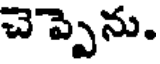
చెప్పెను.